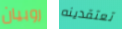
روبيان تعتقدينه